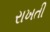
રાખતી